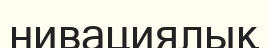
нивациялық